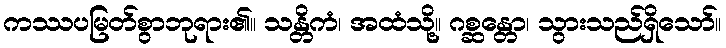
ကဿပမြတ်စွာဘုရား၏။ သန္တိကံ၊ အထံသို့။ ဂစ္ဆန္တော၊ သွားသည်ရှိသော်။